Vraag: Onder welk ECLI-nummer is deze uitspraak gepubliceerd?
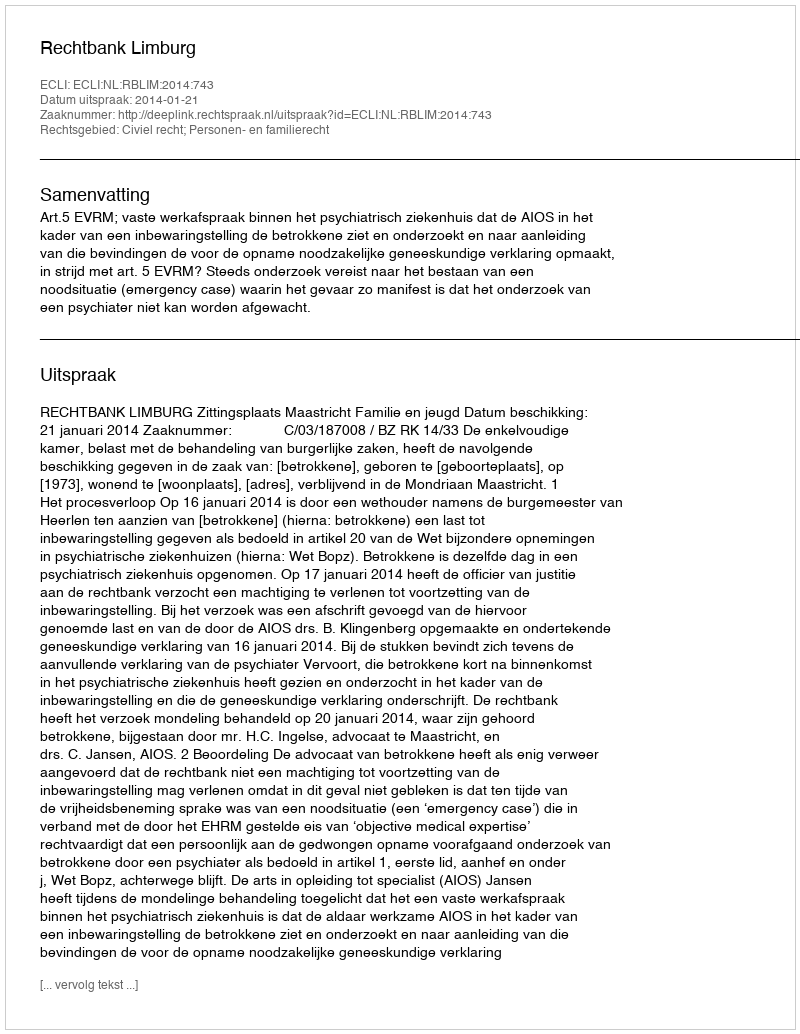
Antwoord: ECLI:NL:RBLIM:2014:743